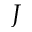
J